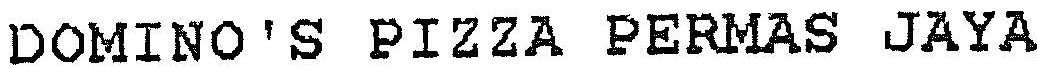
DOMINO'S PIZZA PERMAS JAYA